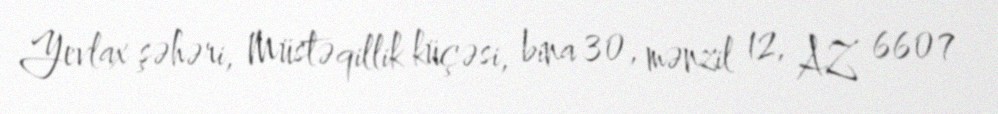
Yevlax şəhəri, Müstəqillik küçəsi, bina 30, mənzil 12, AZ 6607